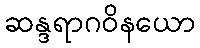
ဆန္ဒရာဂဝိနယော